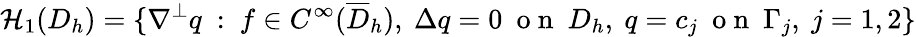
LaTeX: \mathcal{H}_{1}(D_{h})=\{ \nabla^{\perp}q\ :\ f\in C^{\infty}(\overline{{D}}_{h}),\ \Delta q=0\ \mathrm{~o~n~}\ D_{h},\ q=c_{j}\ \mathrm{~o~n~}\ \Gamma_{j},\ j=1,2\}